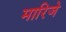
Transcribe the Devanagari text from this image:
मारिजे